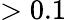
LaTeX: >0.1